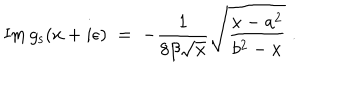
\mathrm { I m } \, g _ { \mathrm { s } } ( x + i \epsilon ) \; = \; - { \frac { 1 } { 8 \beta \sqrt { x } } } \sqrt { { \frac { x - a ^ { 2 } } { b ^ { 2 } - x } } } \; .